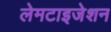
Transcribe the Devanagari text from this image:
लेमटाइजेशन